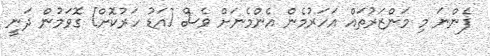
ފެންނަ މި މަންޒަރުތައް އަހަރުމެން އެންމެނަށް ވެސް [އަޑު ހަރުކޮށް] ގޮވަމުން ދަނީ